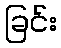
ခြင်း